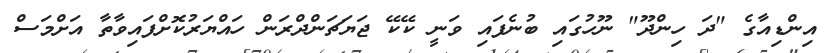
އިންޑިއާގެ "ދަ ހިންދޫ" ނޫހުގައި ބުނެފައި ވަނީ ކޭކޭ ޖަޔަޗަންދްރަން ހައްޔަރުކޮށްފައިވާތާ އަށްމަސް